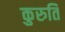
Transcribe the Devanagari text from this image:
कुरुति